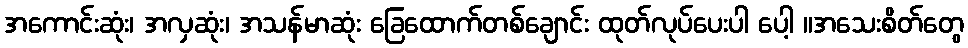
အကောင်းဆုံး၊ အလှဆုံး၊ အသန်မာဆုံး ခြေထောက်တစ်ချောင်း ထုတ်လုပ်ပေးပါ ပေါ့ ။အသေးစိတ်တွေ